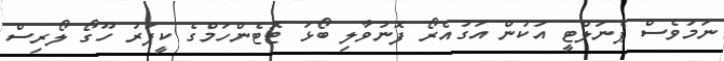
ނަމަވެސް ޕެނަލްޓީ އަކުން އަގުއެރޯ ފޮނުވާލި ބޯޅަ ޓޮޓެންހަމްގެ ކީޕަރު ހޫގޯ ލޯރިސް